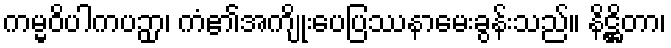
ကမ္မဝိပါကပဉှာ၊ ကံ၏အကျိုးပေပြဿနာမေးခွန်းသည်။ နိဋ္ဌိတာ၊